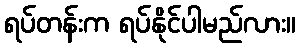
ရပ်တန်းက ရပ်နိုင်ပါမည်လား။